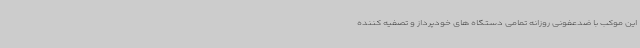
این موکب با ضدعفونی روزانه تمامی دستگاه های خودپرداز و تصفیه کننده